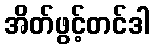
အိတ်ဖွင့်တင်ဒါ